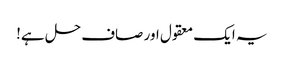
یہ ایک معقول اور صاف حل ہے!